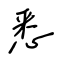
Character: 悉